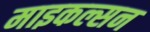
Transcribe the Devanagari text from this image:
माइकल्सन